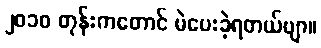
၂၀၁၀ တုန်းကတောင် မဲပေးခဲ့ရတယ်ဗျာ။